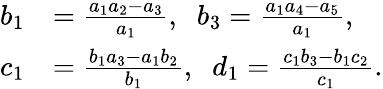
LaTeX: \begin{array}{rl}{b_{1}}&{=\frac{a_{1}a_{2}-a_{3}}{a_{1}},\; \; b_{3}=\frac{a_{1}a_{4}-a_{5}}{a_{1}},}\\ {c_{1}}&{=\frac{b_{1}a_{3}-a_{1}b_{2}}{b_{1}},\; \; d_{1}=\frac{c_{1}b_{3}-b_{1}c_{2}}{c_{1}}.}\end{array}